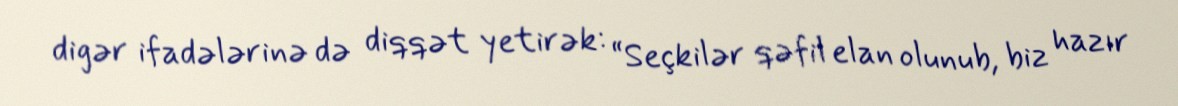
digər ifadələrinə də diqqət yetirək: “Seçkilər qəfil elan olunub, biz hazır